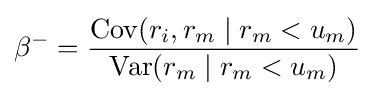
\beta ^{-}={\frac {\operatorname {Cov} (r_{i},r_{m}\mid r_{m}<u_{m})}{\operatorname {Var} (r_{m}\mid r_{m}<u_{m})}}